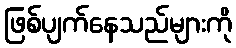
ဖြစ်ပျက်နေသည်များကို